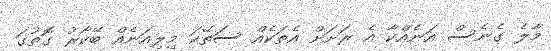
މާލެ ގެނެސް އަނެއްކާ އެ ރަށަށް އެތަކެއް ސަތޭކަ މިލިއަނެއް ބޭކާރު ގޮތުގަ